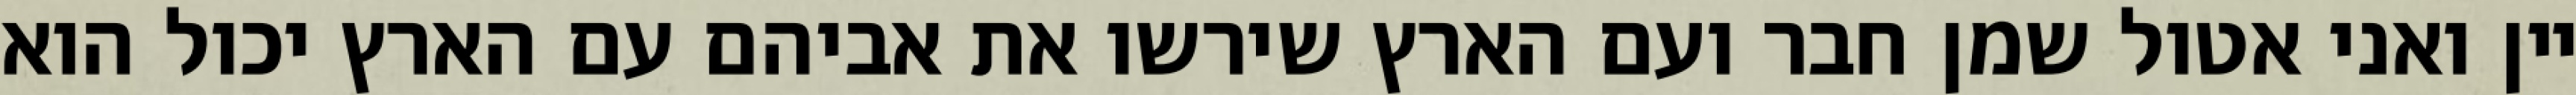
יין ואני אטול שמן חבר ועם הארץ שירשו את אביהם עם הארץ יכול הוא